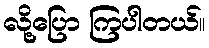
လို့ပြော ကြပါတယ်။